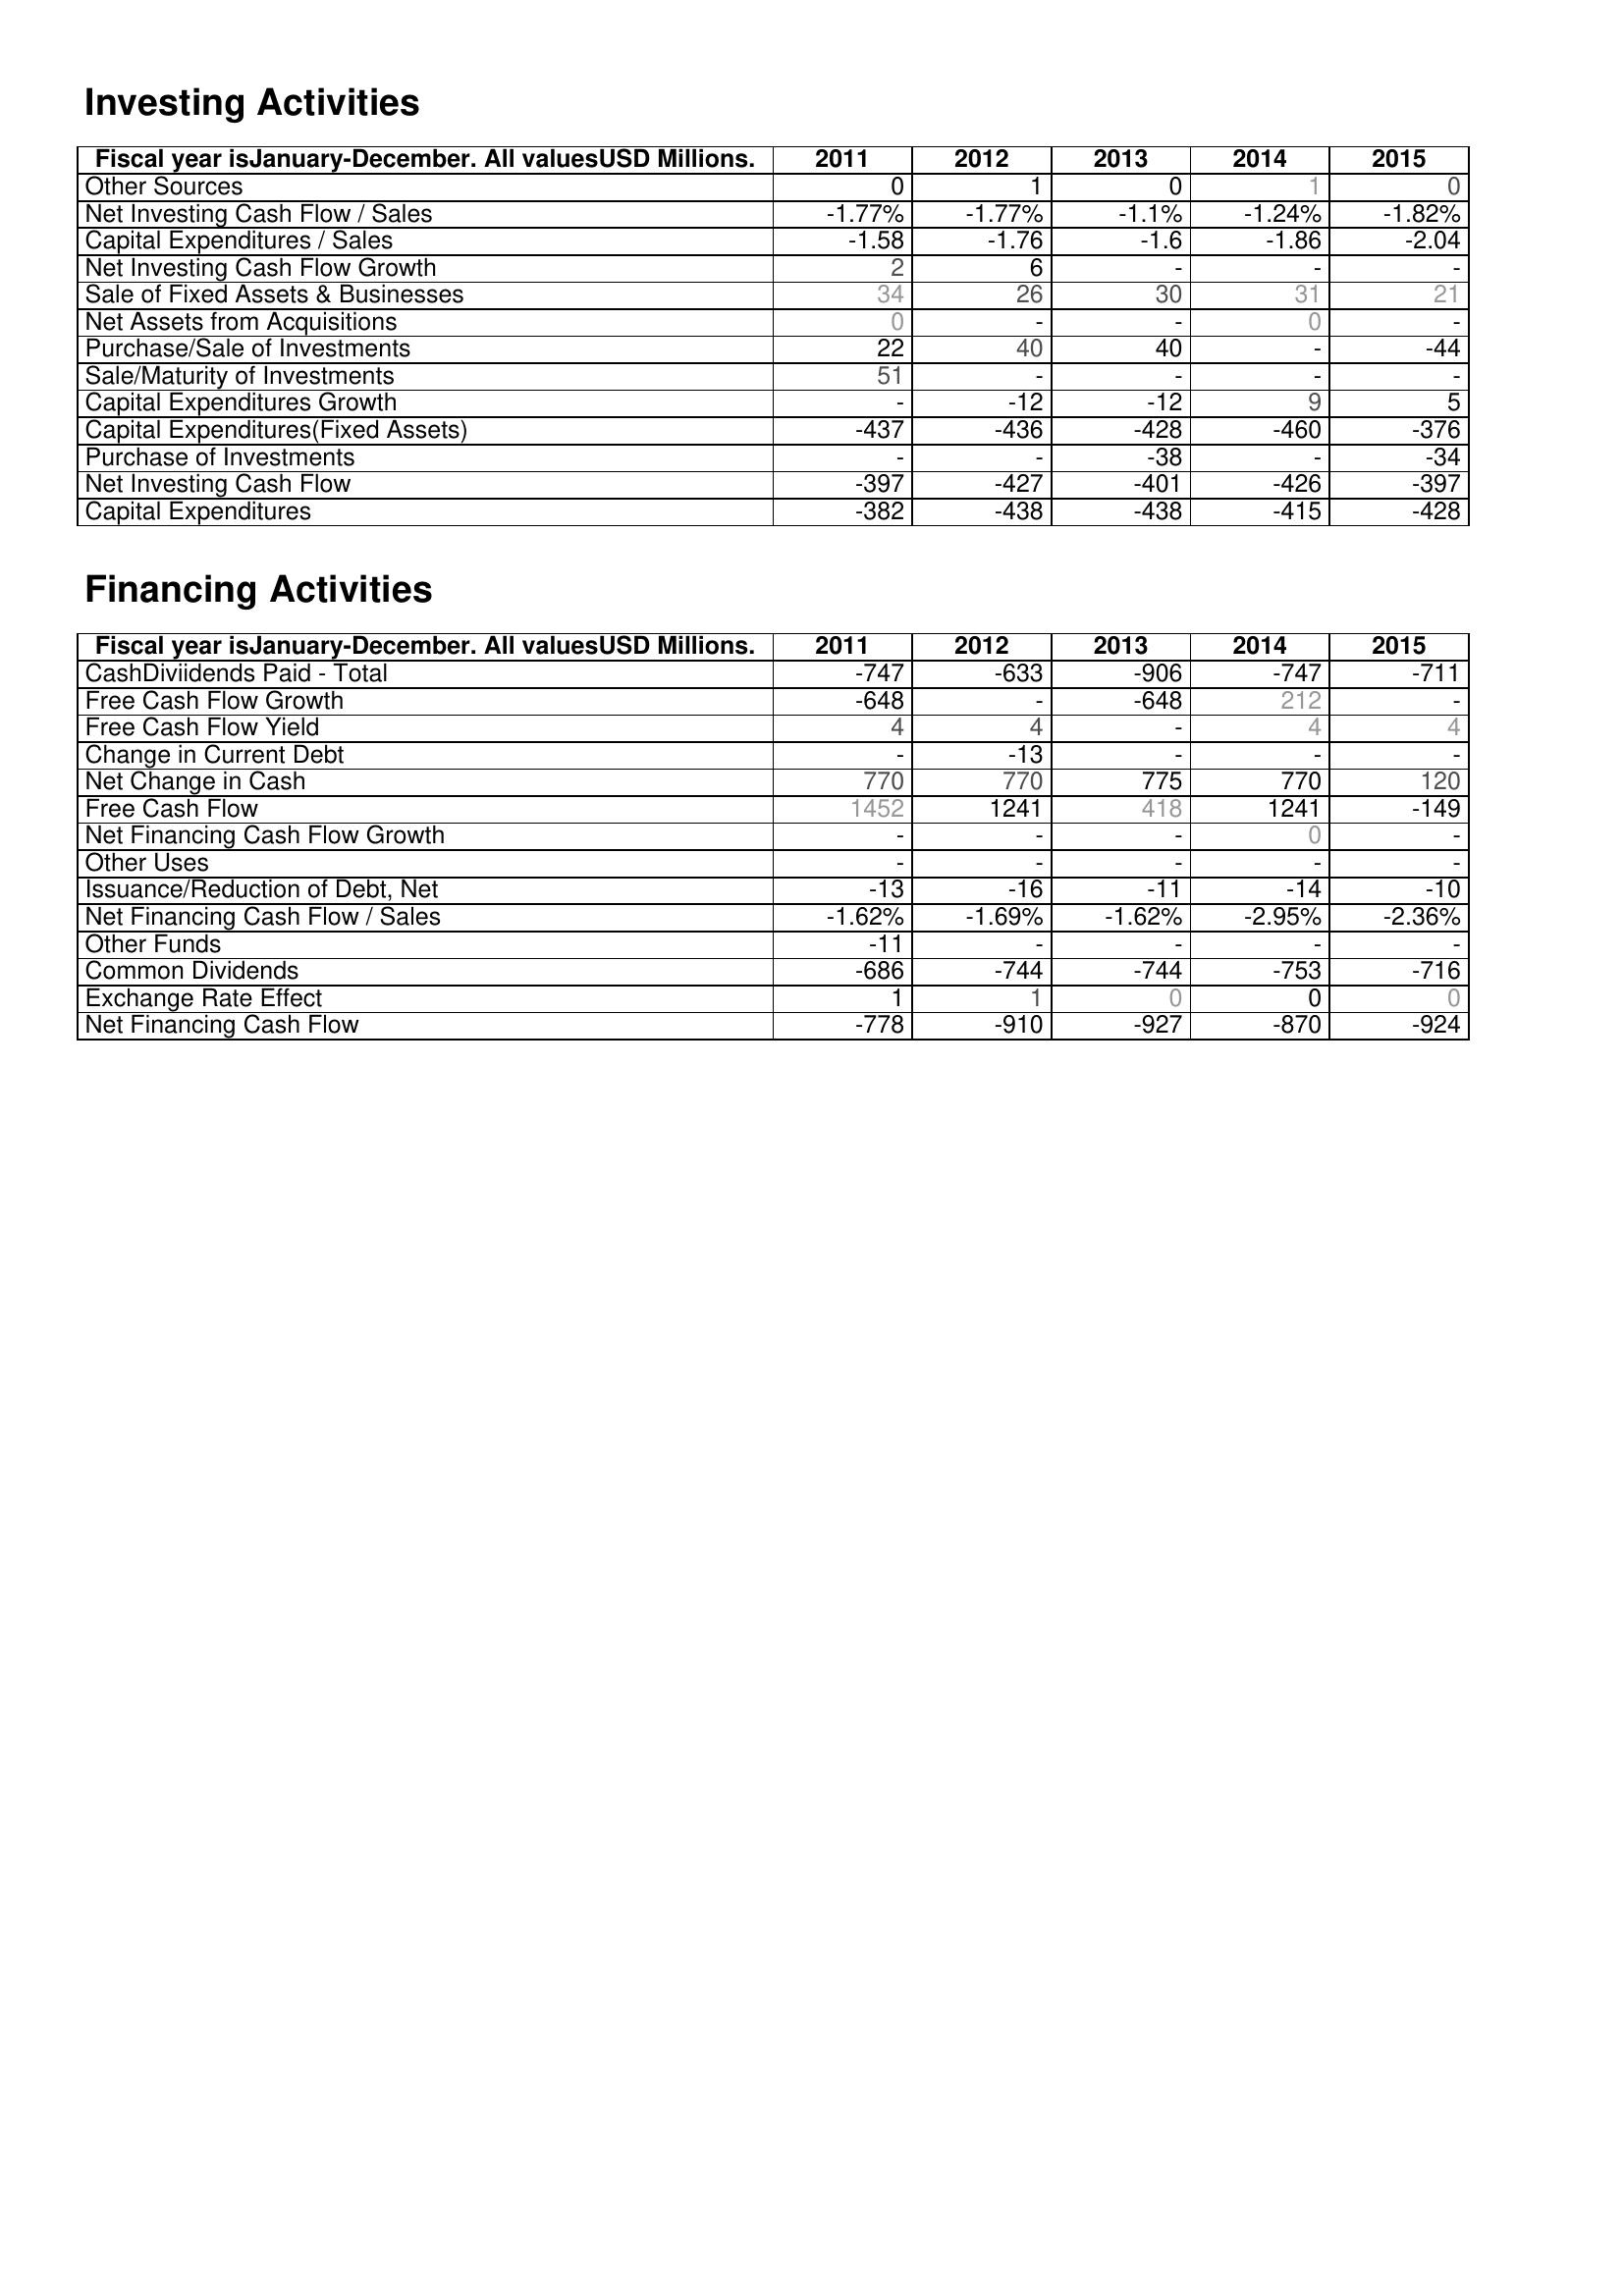
2011: Investing Activities: Other Sources: 0
Net Investing Cash Flow / Sales: -1.77%
Capital Expenditures / Sales: -1.58
Net Investing Cash Flow Growth: 2
Sale of Fixed Assets & Businesses: 34
Net Assets from Acquisitions: 0
Purchase/Sale of Investments: 22
Sale/Maturity of Investments: 51
Capital Expenditures Growth: -
Capital Expenditures(Fixed Assets): -437
Purchase of Investments: -
Net Investing Cash Flow: -397
Capital Expenditures: -382
Financing Activities: CashDiviidends Paid - Total: -747
Free Cash Flow Growth: -648
Free Cash Flow Yield: 4
Change in Current Debt: -
Net Change in Cash: 770
Free Cash Flow: 1452
Net Financing Cash Flow Growth: -
Other Uses: -
Issuance/Reduction of Debt, Net: -13
Net Financing Cash Flow / Sales: -1.62%
Other Funds: -11
Common Dividends: -686
Exchange Rate Effect: 1
Net Financing Cash Flow: -778
2012: Investing Activities: Other Sources: 1
Net Investing Cash Flow / Sales: -1.77%
Capital Expenditures / Sales: -1.76
Net Investing Cash Flow Growth: 6
Sale of Fixed Assets & Businesses: 26
Net Assets from Acquisitions: -
Purchase/Sale of Investments: 40
Sale/Maturity of Investments: -
Capital Expenditures Growth: -12
Capital Expenditures(Fixed Assets): -436
Purchase of Investments: -
Net Investing Cash Flow: -427
Capital Expenditures: -438
Financing Activities: CashDiviidends Paid - Total: -633
Free Cash Flow Growth: -
Free Cash Flow Yield: 4
Change in Current Debt: -13
Net Change in Cash: 770
Free Cash Flow: 1241
Net Financing Cash Flow Growth: -
Other Uses: -
Issuance/Reduction of Debt, Net: -16
Net Financing Cash Flow / Sales: -1.69%
Other Funds: -
Common Dividends: -744
Exchange Rate Effect: 1
Net Financing Cash Flow: -910
2013: Investing Activities: Other Sources: 0
Net Investing Cash Flow / Sales: -1.1%
Capital Expenditures / Sales: -1.6
Net Investing Cash Flow Growth: -
Sale of Fixed Assets & Businesses: 30
Net Assets from Acquisitions: -
Purchase/Sale of Investments: 40
Sale/Maturity of Investments: -
Capital Expenditures Growth: -12
Capital Expenditures(Fixed Assets): -428
Purchase of Investments: -38
Net Investing Cash Flow: -401
Capital Expenditures: -438
Financing Activities: CashDiviidends Paid - Total: -906
Free Cash Flow Growth: -648
Free Cash Flow Yield: -
Change in Current Debt: -
Net Change in Cash: 775
Free Cash Flow: 418
Net Financing Cash Flow Growth: -
Other Uses: -
Issuance/Reduction of Debt, Net: -11
Net Financing Cash Flow / Sales: -1.62%
Other Funds: -
Common Dividends: -744
Exchange Rate Effect: 0
Net Financing Cash Flow: -927
2014: Investing Activities: Other Sources: 1
Net Investing Cash Flow / Sales: -1.24%
Capital Expenditures / Sales: -1.86
Net Investing Cash Flow Growth: -
Sale of Fixed Assets & Businesses: 31
Net Assets from Acquisitions: 0
Purchase/Sale of Investments: -
Sale/Maturity of Investments: -
Capital Expenditures Growth: 9
Capital Expenditures(Fixed Assets): -460
Purchase of Investments: -
Net Investing Cash Flow: -426
Capital Expenditures: -415
Financing Activities: CashDiviidends Paid - Total: -747
Free Cash Flow Growth: 212
Free Cash Flow Yield: 4
Change in Current Debt: -
Net Change in Cash: 770
Free Cash Flow: 1241
Net Financing Cash Flow Growth: 0
Other Uses: -
Issuance/Reduction of Debt, Net: -14
Net Financing Cash Flow / Sales: -2.95%
Other Funds: -
Common Dividends: -753
Exchange Rate Effect: 0
Net Financing Cash Flow: -870
2015: Investing Activities: Other Sources: 0
Net Investing Cash Flow / Sales: -1.82%
Capital Expenditures / Sales: -2.04
Net Investing Cash Flow Growth: -
Sale of Fixed Assets & Businesses: 21
Net Assets from Acquisitions: -
Purchase/Sale of Investments: -44
Sale/Maturity of Investments: -
Capital Expenditures Growth: 5
Capital Expenditures(Fixed Assets): -376
Purchase of Investments: -34
Net Investing Cash Flow: -397
Capital Expenditures: -428
Financing Activities: CashDiviidends Paid - Total: -711
Free Cash Flow Growth: -
Free Cash Flow Yield: 4
Change in Current Debt: -
Net Change in Cash: 120
Free Cash Flow: -149
Net Financing Cash Flow Growth: -
Other Uses: -
Issuance/Reduction of Debt, Net: -10
Net Financing Cash Flow / Sales: -2.36%
Other Funds: -
Common Dividends: -716
Exchange Rate Effect: 0
Net Financing Cash Flow: -924